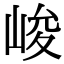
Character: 峻